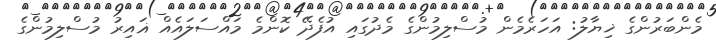
މެންބަރުންގެ ޚިޔާލު: އަހަރެމެން މުސްލިމުންގެ މެދުގައި އުފެދޭ ކޮންމެ މައްސަލައެއް ޣައިރު މުސްލިމުންގެ